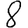
Digit: 8